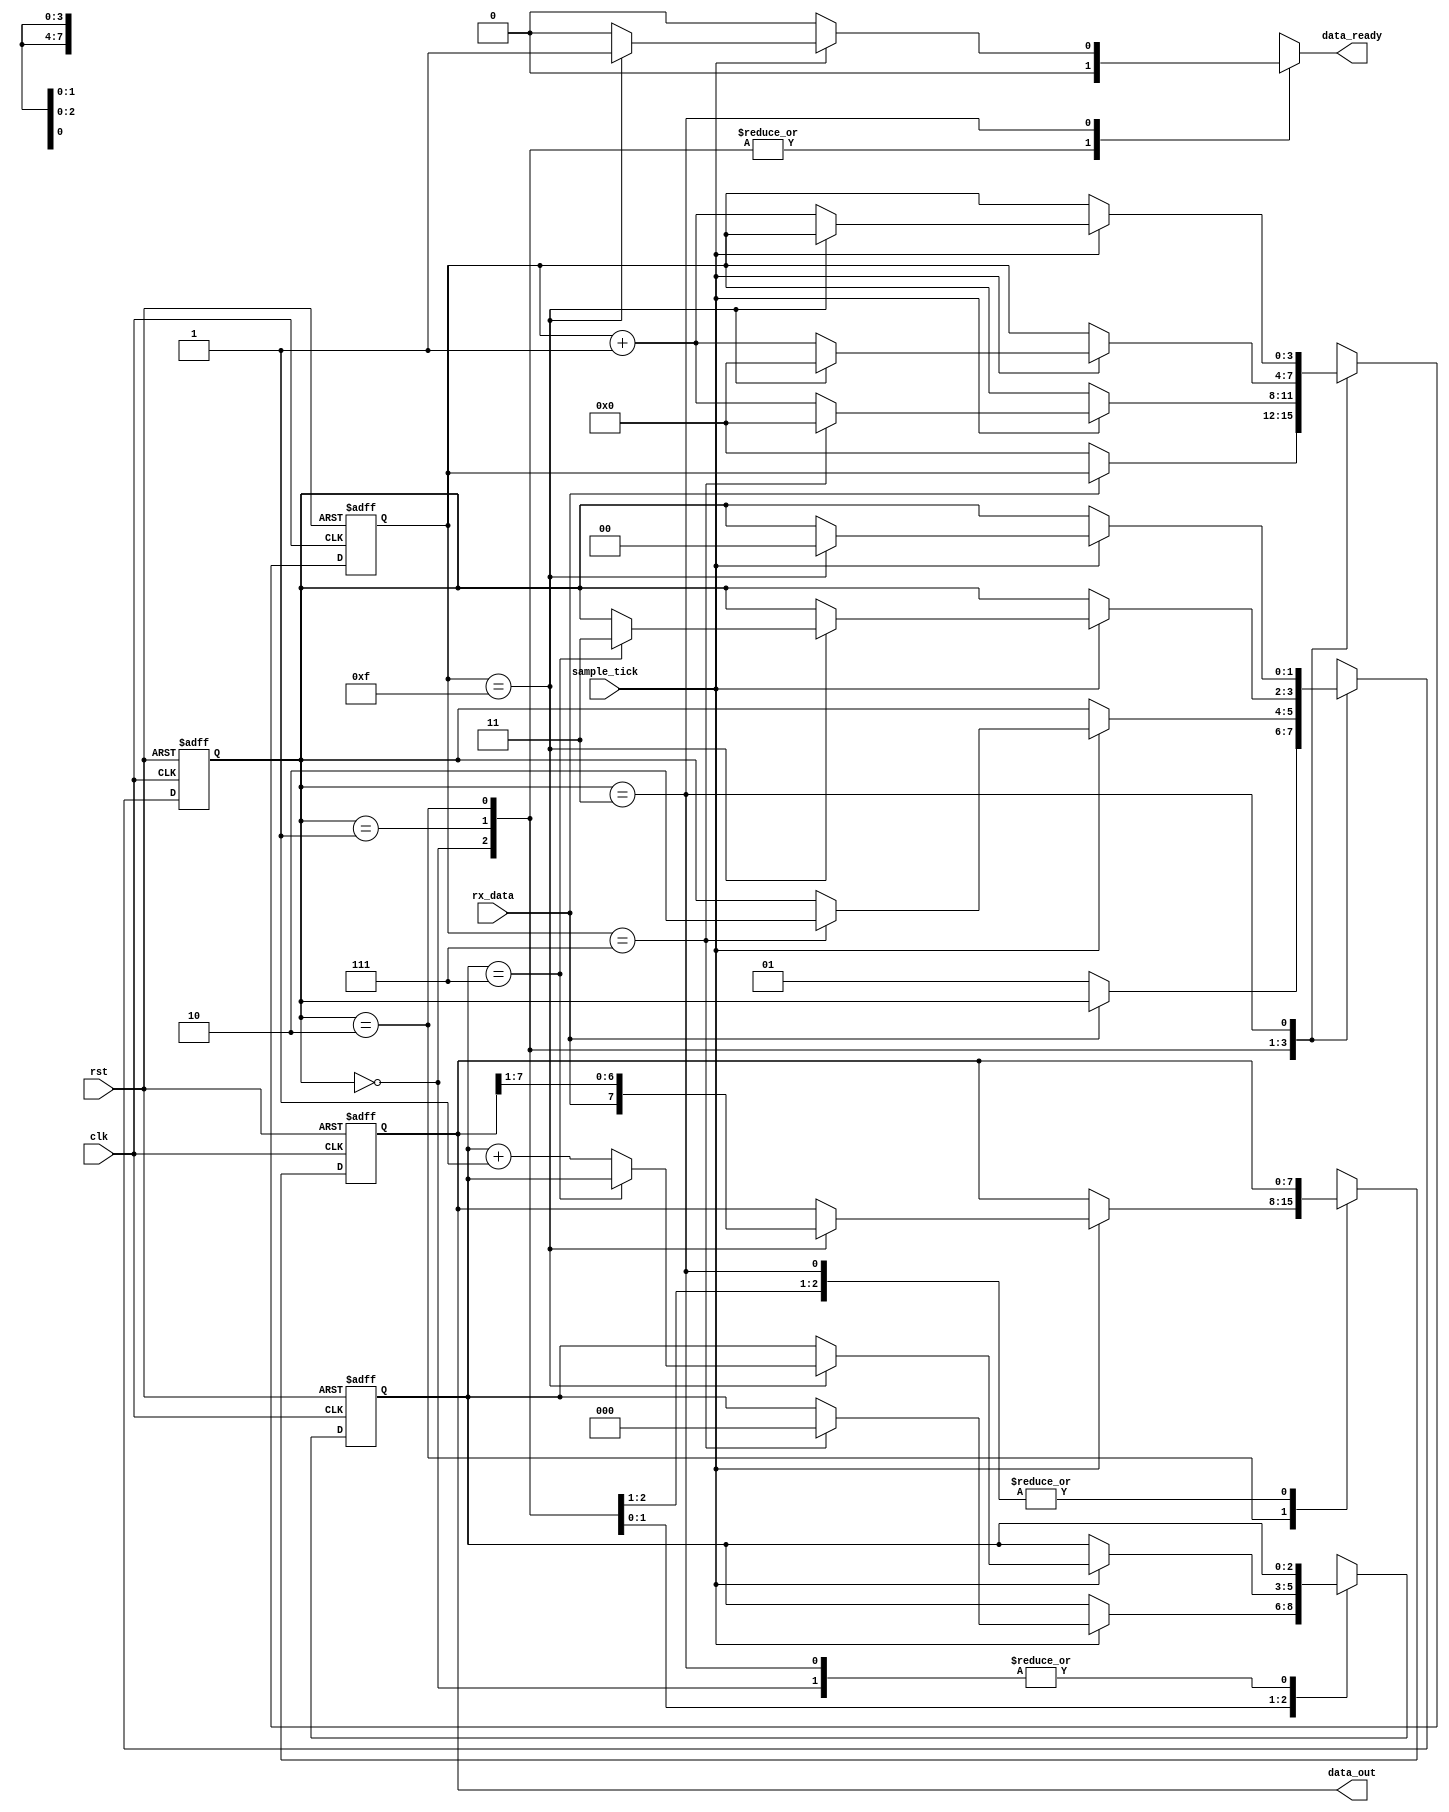
`timescale 1ns / 1ps
//////////////////////////////////////////////////////////////////////////////////
// Company: 
// Engineer: 
// 
// Design Name: 
// Module Name: uart_receiver
// Project Name: 
// Target Devices: 
// Tool Versions: 
// Description: 
// 
// Dependencies: 
// 
// Revision:
// Revision 0.01 - File Created
// Additional Comments:
// 
//////////////////////////////////////////////////////////////////////////////////

/*
*  Idle->Start->...Data.....->Stop->Idle
*   _____                      ______________
*        |_|-|-||-|-||-|-||-|-|
*/

module uart_receiver #(parameter DATA_BITS = 8, STOP_TICK = 16) //stop_tick=16(1-stop bit) or 32(2-stop bits)
    (
    input clk, rst,
    input rx_data,
    input sample_tick,
    output [DATA_BITS-1:0] data_out,
    output reg data_ready
    );

    //States
    localparam [1:0] idle  = 2'b00,
                     start = 2'b01,
                     data  = 2'b10,
                     stop  = 2'b11;
    
    //Temp reg.
    reg [1:0] state, state_next;            //In which state
    reg [3:0] tick_reg, tick_next;          //No. of ticks received
    reg [2:0] nbits_reg, nbits_next;        //No. of bits received
    reg [DATA_BITS-1:0] data_reg, data_next;//Reassembled data word
    
    always @(posedge clk or posedge rst) begin
        if (rst) begin
            state     <= idle;
            tick_reg  <= 0;
            nbits_reg <= 0;
            data_reg  <= 0;
        end
        
        else begin
            state     <= state_next;
            tick_reg  <= tick_next;
            nbits_reg <= nbits_next;
            data_reg  <= data_next;
        end
    end
    
    always @ (*) begin
        //Initializing
        state_next = state;     
        tick_next  = tick_reg;
        nbits_next = nbits_reg;
        data_next  = data_reg;
        data_ready = 1'b0;
        
        case (state)
            idle :
                if(rx_data == 0) begin //Start condition--> data=0
                    state_next = start;
                    tick_next  = 0;
                end 
                
            start:
                if (sample_tick) begin
                    if(tick_reg == 7) begin     /// 7 is For setup time???????? check mid of start 
                        state_next = data;
                        tick_next  = 0;
                        nbits_next = 0;
                    end
                    else tick_next  = tick_reg+1;
                end
                
            data :
                if(sample_tick) begin
                    if(tick_reg == 15) begin        // check at mid of data
                        tick_next  = 0;
                        data_next  = {rx_data, data_reg[DATA_BITS-1:1]};    //SIPO shift reg.
                        if(nbits_reg == (DATA_BITS-1))      //When all bits are received 
                            state_next = stop;
                        else
                            nbits_next = nbits_reg+1;       //Increase no of bits count
                    end
                    else tick_next  = tick_reg+1;           //Increase count value of tick
                end
                
            stop :
                if (sample_tick) begin
                    if(tick_reg == (STOP_TICK-1)) begin     //Check for end of stop bit
                        state_next = idle;
                        data_ready = 1'b1;
                    end
                    else tick_next  = tick_reg+1;
                end
        endcase
    end
    
    //Final output
    assign data_out = data_reg;
endmodule